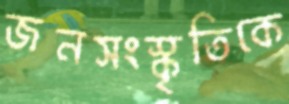
জনসংস্কৃতিকে